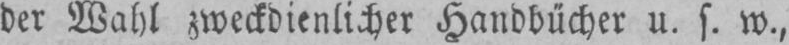
der Wahl zweckdienlicher Handbücher u. s. w.,